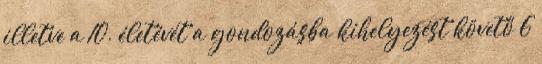
illetve a 10. életévét a gondozásba kihelyezést követő 6